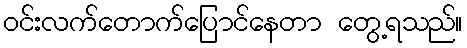
ဝင်းလက်တောက်ပြောင်နေတာ တွေ့ရသည်။